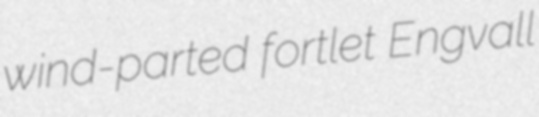
wind-parted fortlet Engvall